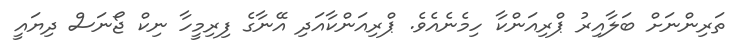
ތަރިންނަށް ބަލާއިރު ޕްރިއަންކާ ހިމެނެއެވެ. ޕްރިއަންކާއަދި އޭނާގެ ފިރިމީހާ ނިކް ޖޯނަސް ދިޔައީ